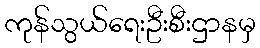
ကုန်သွယ်ရေးဦးစီးဌာနမှ